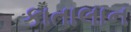
કાતાલાન